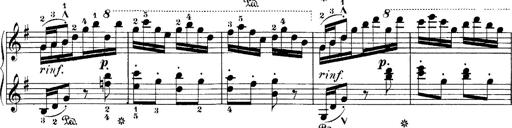
Title: Hungarian Rhapsody No.7
Composer: Franz Liszt
Key: D minor